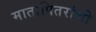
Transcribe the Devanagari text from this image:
मातापितरांची